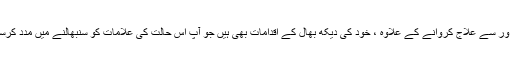
طبی پیشہ ور سے علاج کروانے کے علاوہ ، خود کی دیکھ بھال کے اقدامات بھی ہیں جو آپ اس حالت کی علامات کو سنبھالنے میں مدد کرسکتے ہیں۔